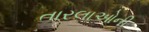
તારલાઓની